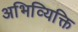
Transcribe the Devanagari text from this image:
अभिव्यिक्ति